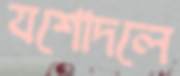
যশোদলে